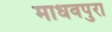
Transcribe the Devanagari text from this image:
माधवपुरा